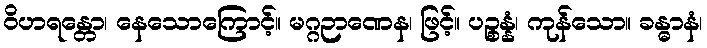
ဝိဟရန္တော၊ နေသောကြောင့်။ မဂ္ဂဉာဏေန၊ ဖြင့်။ ပဉ္စန္နံ၊ ကုန်သော။ ခန္ဓာနံ၊